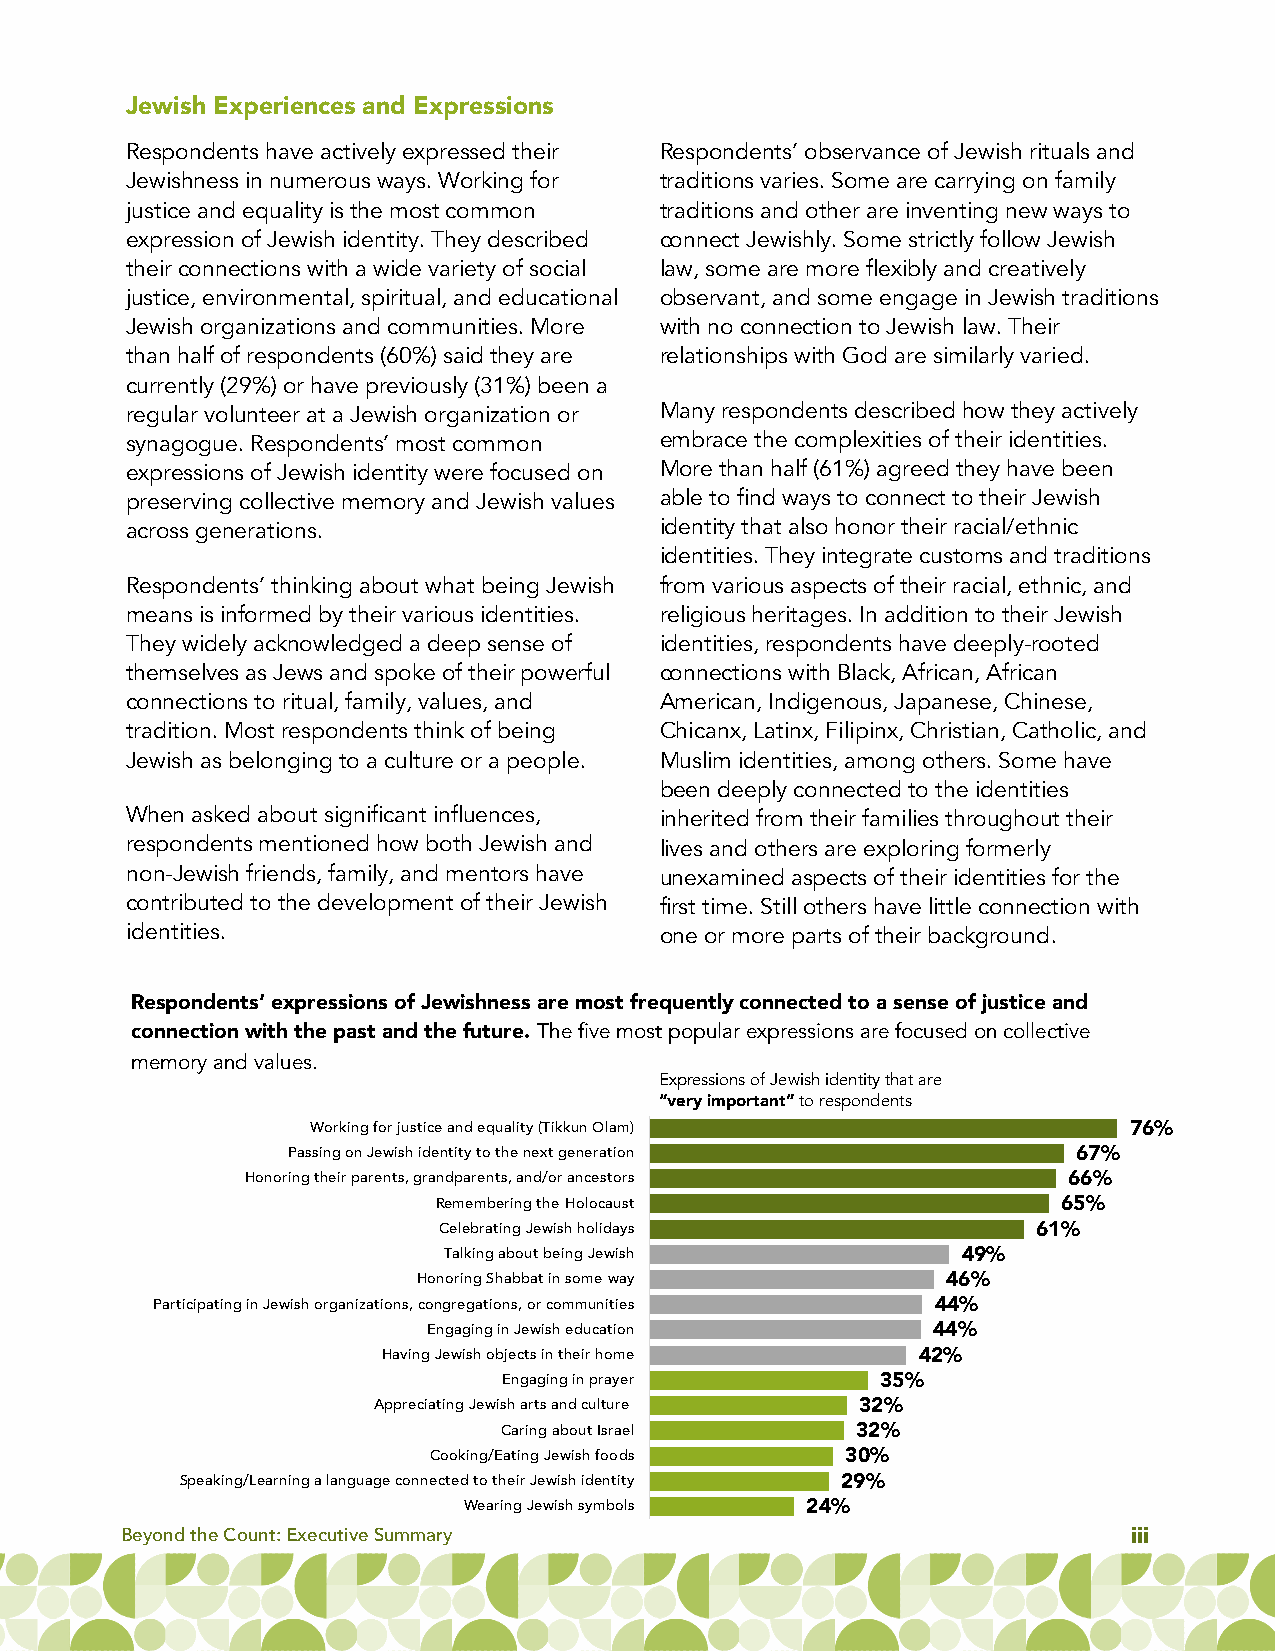
Jewish Experiences and Expressions
 Respondents haveactively expressed their Respondents’ observance of Jewish rituals and
 Jewishness in numerous ways. Working for traditions varies. Some are carrying on family
 justice and equality is the most common traditions and other are inventing new ways to
 expression of Jewish identity. They described connect Jewishly. Some strictly follow Jewish
 their connections with a wide variety of social law, some are more flexibly and creatively
 justice, environmental, spiritual, and educational observant, and some engage in Jewish traditions
 Jewish organizations and communities. More with no connection to Jewish law. Their
 than half of respondents (60%) said they are relationships with God are similarly varied.
 currently (29%) or have previously (31%) been a
 regular volunteer at a Jewish organization or Many respondents described how they actively
 synagogue. Respondents’ most common embrace the complexities of their identities.
 expressions of Jewish identity were focused on More than half (61%) agreed they have been
 preserving collective memory and Jewish values able to find ways to connect to their Jewish
 across generations.                 identity that also honor their racial/ethnic
 identities. They integrate customs and traditions
 Respondents’ thinking about what being Jewish from various aspects of their racial, ethnic, and
 means is informed by their various identities. religious heritages. In addition to their Jewish
 They widely acknowledged a deep sense of identities, respondents have deeply-rooted
 themselves as Jews and spoke of their powerful connections with Black, African, African
 connections to ritual, family, values, and American, Indigenous, Japanese, Chinese,
 tradition. Most respondents think of being Chicanx, Latinx, Filipinx, Christian, Catholic, and
 Jewish as belonging to a culture or a people. Muslim identities, among others. Some have
 been deeply connected to the identities
 When asked about significant influences, inherited from their families throughout their
 respondents mentioned how both Jewish and lives and others are exploring formerly
 non-Jewish friends, family, and mentors have unexamined aspects of their identities for the
 contributed to the development of their Jewish first time. Still others have little connection with
 identities.                         one or more parts of their background.
 Respondents’ expressions of Jewishness are most frequently connected to a sense of justice and
 connection with the past and the future. The five most popular expressions are focused on collective
 memory and values.
 Expressions of Jewish identity that are
 “very important”to respondents
 Working for justice and equality (Tikkun Olam)        76%
 Passing on Jewish identity to the next generation   67%
 Honoring their parents, grandparents, and/or ancestors 66%
 Remembering the Holocaust                65%
 Celebrating Jewish holidays             61%
 Talking about being Jewish         49%
 Honoring Shabbat in some way       46%
 Participating in Jewish organizations, congregations, or communities 44%
 Engaging in Jewish education      44%
 Having Jewish objects in their home 42%
 Engaging in prayer       35%
 Appreciating Jewish arts and culture 32%
 Caring about Israel     32%
 Cooking/Eating Jewish foods 30%
 Speaking/Learning a language connected to their Jewish identity 29%
 Wearing Jewish symbols 24%
 Beyond the Count: Executive Summary                                iii